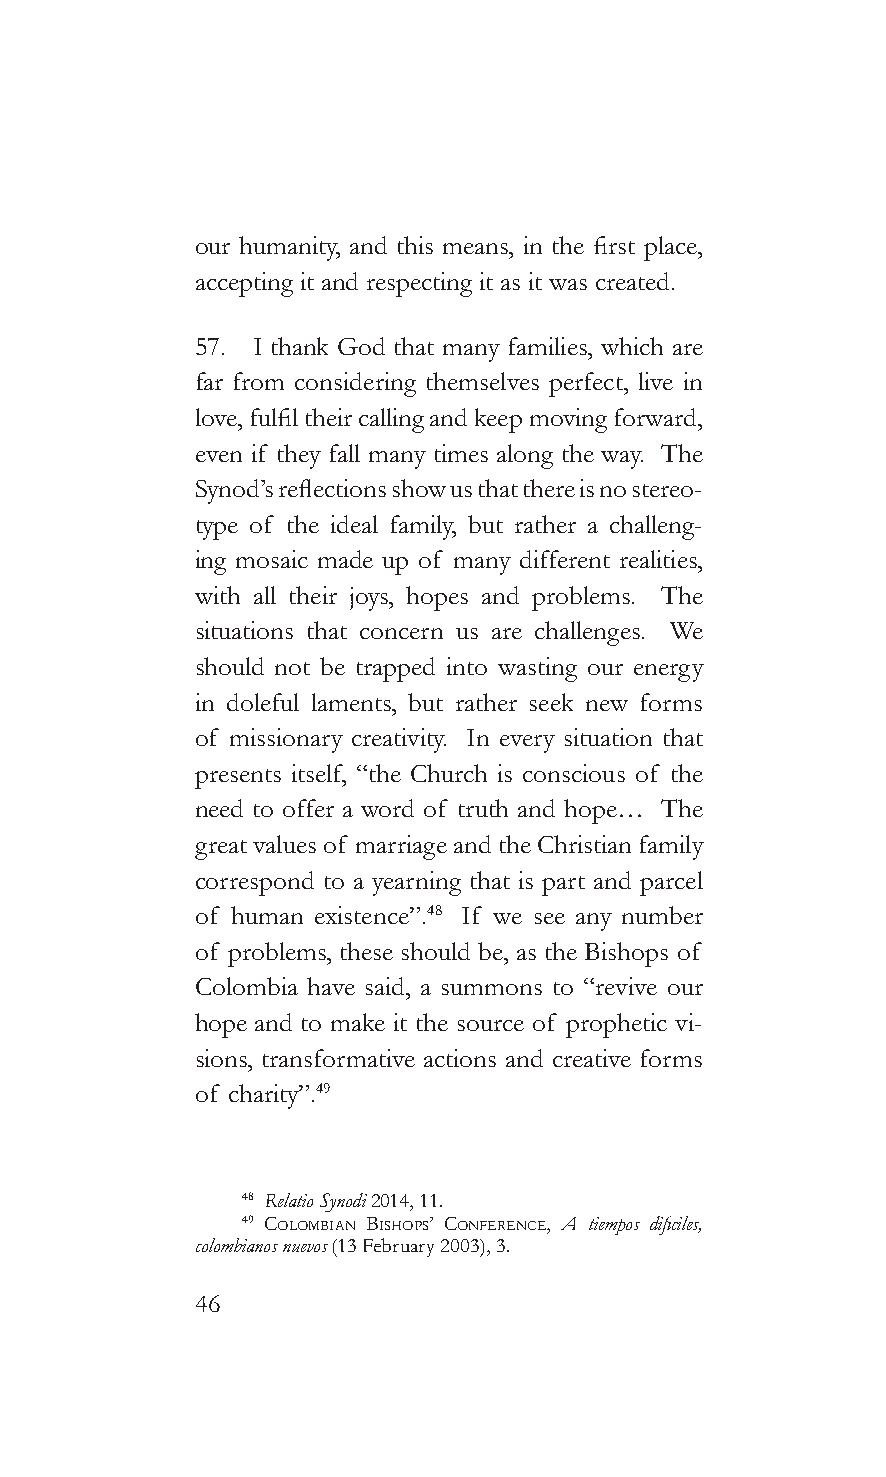
our humanity, and this means, in the first place,
 accepting it and respecting it as it was created.
 57. I thank God that many families, which are
 far from considering themselves perfect, live in
 love, fulfil their calling and keep moving forward,
 even if they fall many times along the way. The
 Synod’s reflections show us that there is no stereo-
 type of the ideal family, but rather a challeng-
 ing mosaic made up of many different realities,
 with all their joys, hopes and problems. The
 situations that concern us are challenges. We
 should not be trapped into wasting our energy
 in doleful laments, but rather seek new forms
 of missionary creativity. In every situation that
 presents itself, “the Church is conscious of the
 need to offer a word of truth and hope… The
 great values of marriage and the Christian family
 correspond to a yearning that is part and parcel
 of human existence”.48 If we see any number
 of problems, these should be, as the Bishops of
 Colombia have said, a summons to “revive our
 hope and to make it the source of prophetic vi-
 sions, transformative actions and creative forms
 of charity”.49
 48 Relatio Synodi 2014, 11.
 49 coLombian bishops’ conference, A tiempos dificiles,
 colombianos nuevos (13 February 2003), 3.
 46